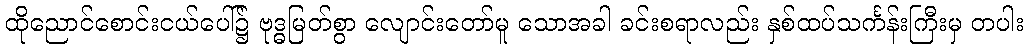
ထိုညောင်စောင်းငယ်ပေါ်၌ ဗုဒ္ဓမြတ်စွာ လျောင်းတော်မူ သောအခါ ခင်းစရာလည်း နှစ်ထပ်သင်္ကန်းကြီးမှ တပါး